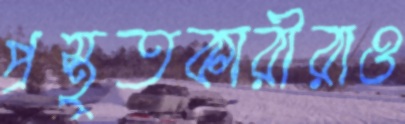
প্রস্তুতকারীরাও